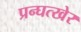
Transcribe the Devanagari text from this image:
प्रन्घत्खेर